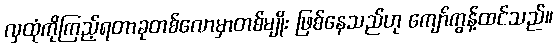
လှထုံကိုကြည့်ရတာခုတစ်လောမှာတစ်မျိုး ဖြစ်နေသည်ဟု ကျော်ကွန့်ထင်သည်။